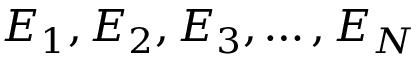
E _ { 1 } , E _ { 2 } , E _ { 3 } , \ldots , E _ { N }